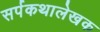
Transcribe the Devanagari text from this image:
सर्पकथालेखक